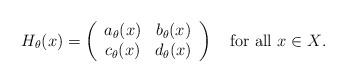
LaTeX: \begin{align*}H_\theta(x)=\left( \begin{array}{cc} a_\theta(x) & b_\theta(x) \\ c_\theta(x) & d_\theta(x) \\ \end{array} \right)\quad\textrm{for all $x\in X$.}\end{align*}